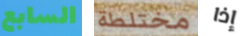
السابع مختلطة إذا